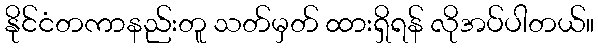
နိုင်ငံတကာနည်းတူ သတ်မှတ် ထားရှိရန် လိုအပ်ပါတယ်။